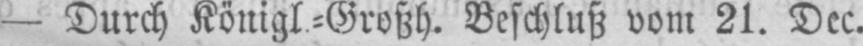
- Durch Königl.⸗Großh. Beschluß vom 21. Dec.